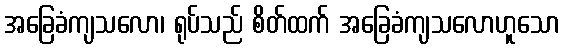
အခြေခံကျသလော၊ ရုပ်သည် စိတ်ထက် အခြေခံကျသလောဟူသော